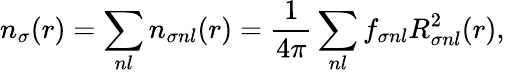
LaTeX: n_{\sigma}(r)=\sum_{nl}n_{\sigma nl}(r)=\frac{1}{4\pi}\sum_{nl}f_{\sigma nl}R_{\sigma nl}^{2}(r),